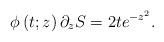
LaTeX: \begin{align*}\phi\left( t;z\right) \partial_{z}S=2te^{-z^{2}}. \end{align*}